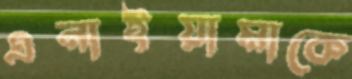
এনাইয়ামাকে